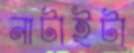
নাটাইটা